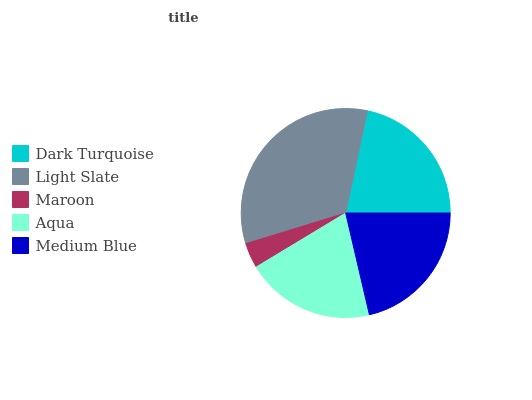
| Dark Turquoise | Light Slate | Maroon | Aqua | Medium Blue |
 | --- | --- | --- | --- | --- |
 | 21.6% | 33.1% | 3.9% | 20% | 21.3% |